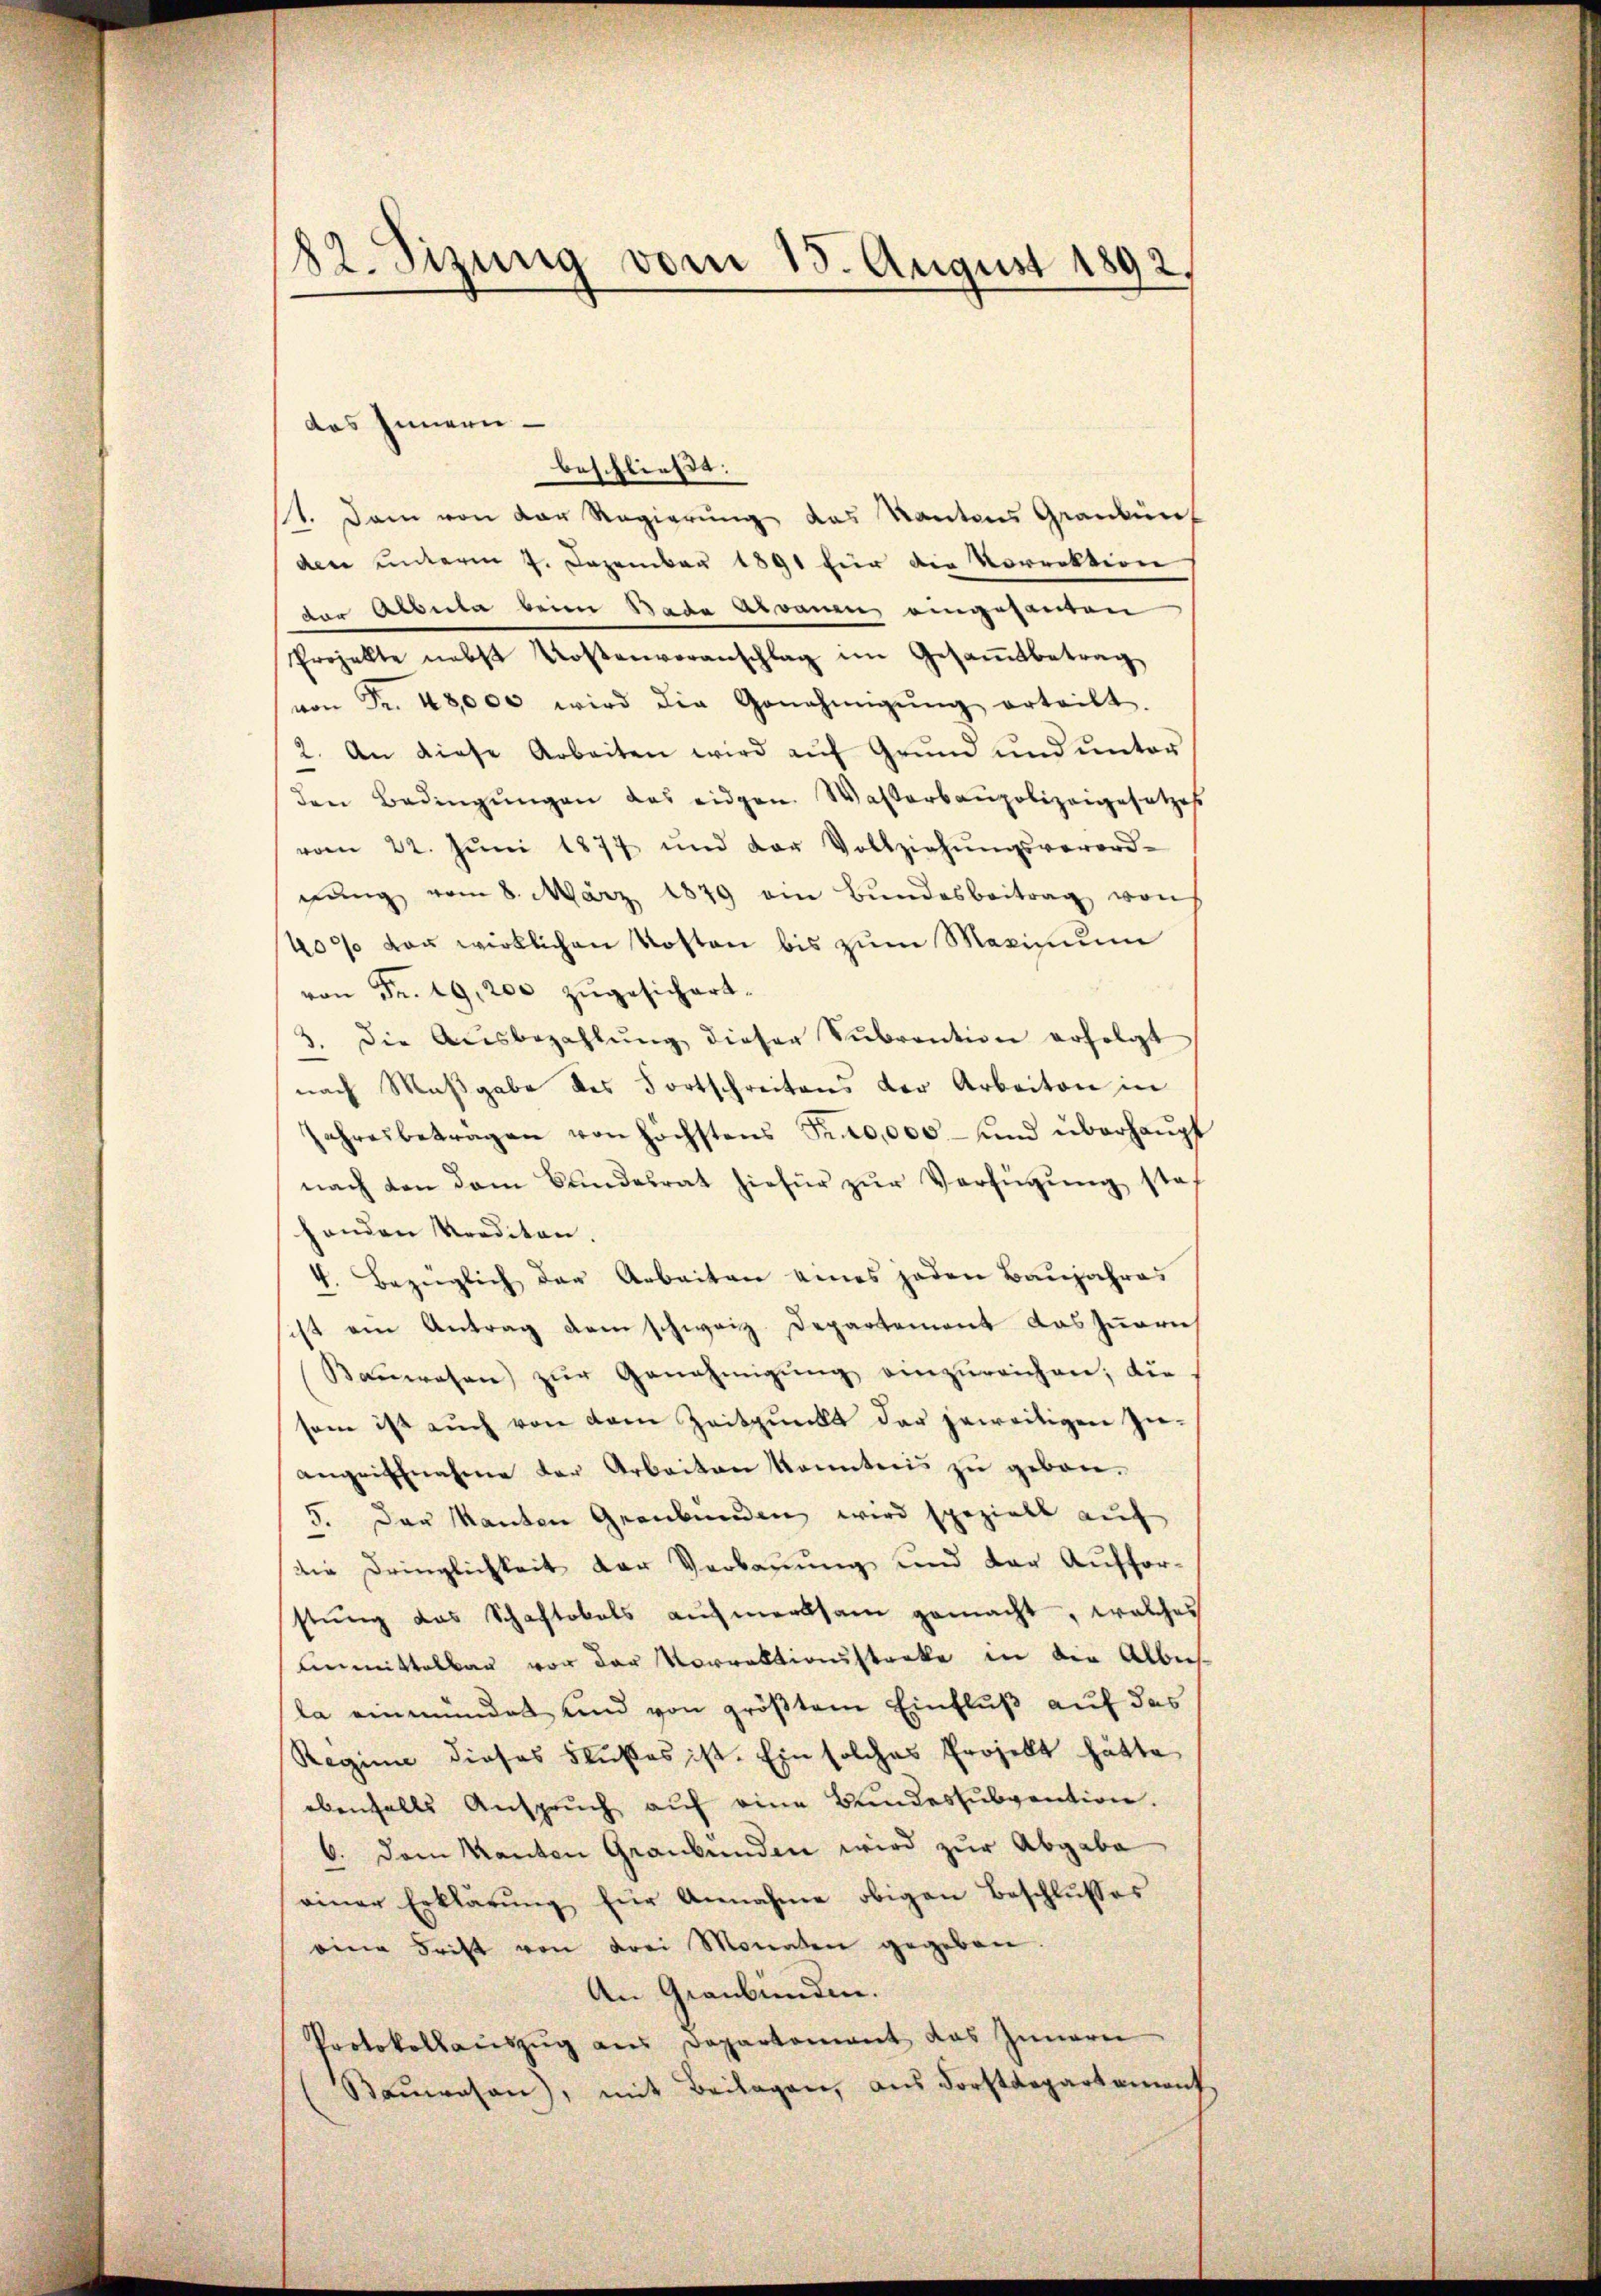
82. Sizung vom 15. August 1892.

das Innern
beschließe.
1. Dann von der Regierŭng das Kantons Grandurch
den unterm 4. Dezember 1891 für die Vorrektion
der Albula beim Bada Alvanen eingesanten
Projekte nebst Kostenvoranschlag im Gesamtbetrag
von Fr. 48,000 wird die Genehmigŭng erteilt.
2. An diese Arbeiten wird auf Grund und unter
den Bedingŭngen das eidgen. Wasserbaupolizeigesetzes
vom 22. Jŭni 1877 und der Vollziehŭngsverord-
nŭng vom 8. März 1879 am Bŭndesbeitrag von
409 von wirklichen Kosten bis zum Maximum
von Fr. 19, 200 zŭgesichert.
3. Die Aŭsbezahlŭng dieser Sŭbvention erfolgt
nach Maßgabe des Fortschreitens der Arbeiten in
Jahresbetragen von höchstens Trao,000 - und überhaupt
nach den dem Bundesrat hiefür zŭr Verfügung stof
henden Prediton.
f. Bezüglich der Arbeiten eines jeden Baŭjahres
ist am Antrag dem schweiz. Departement das zueri
Kanwesen zŭr Genehmigŭng einzŭreichen; die
sam ist aŭch von dem Zeitpunkt der jeweitigen Zu-
angriffnahme der Arbeiten konntnis zŭ gebon.
5. Das Manten Graubünden wird speziell auf
die Dringlichkeit der Verbauung und der Aufforstŭng das Schaftokals aŭfmerksam gemacht, welches
Unmittelbar vor der Vorrektionstarke in die Albe
la einmündet und von größtem Einfluß auf das
Regime dieses Flußes ist. Ein solches Projekt hätte
ebenfalls Ansprŭch aŭf eine Bŭndessubvention.
6. dem Kanton Graubünden wird zur Abgabe
einer Erklärŭng für Annahme obigen Beschlusses
eine Frist von drei Monaten gegeben.
An Graubünden.
Protokollauszug aus Departement das Innern
Baŭwesen, mit Beilagen, aus Forstdepartament,